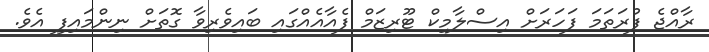
ރާއްޖެ ފުރަތަމަ ފަހަރަށް އިސްލާމިކް ޓޫރިޒަމް ފެއާއެއްގައި ބައިވެރިވާ ގޮތަށް ނިންމައިފި އެވެ.